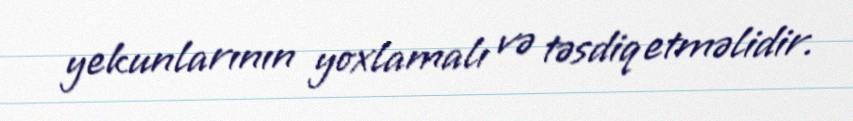
yekunlarının yoxlamalı və təsdiq etməlidir.